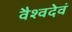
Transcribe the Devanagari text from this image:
वैश्वदेवं